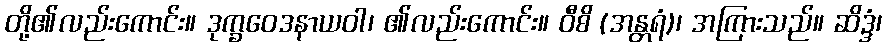
တို့၏လည်းကောင်း။ ဒုက္ခဝေဒနာယဝါ၊ ၏လည်းကောင်း။ ဝီစိ (အန္တရံ)၊ အကြားသည်။ ဆိဒ္ဒံ၊